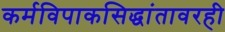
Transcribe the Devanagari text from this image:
कर्मविपाकसिद्धांतावरही